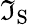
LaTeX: \mathfrak{I}_{\mathrm{{S}}}